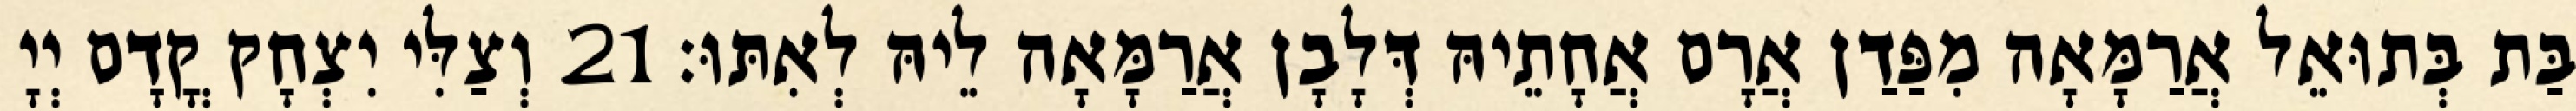
בַּת בְּתוּאֵל אֲרַמָּאָה מִפַּדַן אֲרָם אֲחָתֵיהּ דְּלָבָן אֲרַמָּאָה לֵיהּ לְאִתּוּ׃ 21 וְצַלִּי יִצְחָק קֳדָם יְיָ